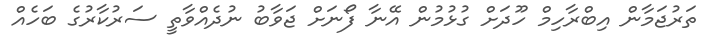
ތަރުޖަމާން އިބްރާހިމް ހޫދަށް ގުޅުމުން އޭނާ ފޯނަށް ޖަވާބު ނުދެއްވާތީ ސަރުކާރުގެ ބަހެއް